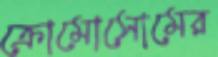
ক্রোমোসোমের